Vaccination in Bombay 1889-1901 - 1889-1901
Year: 1889
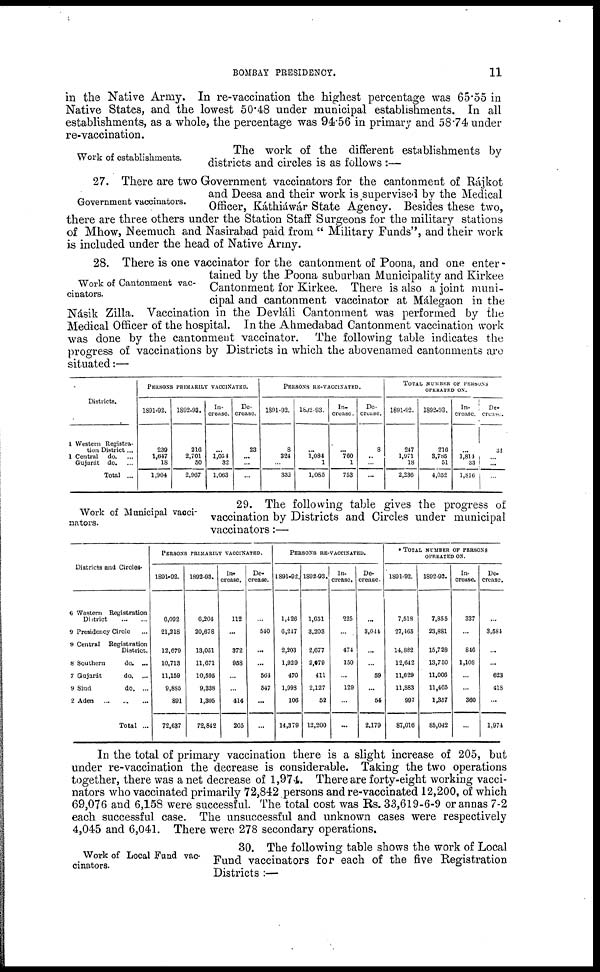
BOMBAY PRESIDENCY.
11
in the Native Army. In re-vaccination the highest percentage was 65.55 in
Native States, and the lowest 50.48 under municipal establishments. In all
establishments, as a whole, the percentage was 94.56 in primary and 58.74 under
re-vaccination.
Work of establishments.
The work of the different establishments by
districts and circles is as follows :—
Government vaccinators.
27. There are two Government vaccinators for the cantonment of Ráikot
and Deesa and their work is supervised by the Medical
Officer, Káthiáwár State Agency. Besides these two,
there are three others under the Station Staff Surgeons for the military stations
of Mhow, Neemuch and Nasirabad paid from " Military Funds", and their work
is included under the head of Native Army.
Work of Cantonment vac-
cinators.
28. There is one vaccinator for the cantonment of Poona, and one enter -
tained by the Poona suburban Municipality and Kirkee
Cantonment for Kirkee. There is also a joint muni-
cipal and cantonment vaccinator at Málegaon in the
Násik Zilla. Vaccination in the Devláli Cantonment was performed by the
Medical Officer of the hospital. In the Ahmedabad Cantonment vaccination work
was done by the cantonment vaccinator. The following table indicates the
progress of vaccinations by Districts in which the abovenamed cantonments are
situated:—
Districts.
1 Western Registra-
tion District ...
1 Central
do. ...
Gujarát
do. ...
Total ...
PERSONS PRIMARILY VACCINATED.
1891-92.
239
1,647
18
1,904
1892-93.
216
2,701
50
2,967
In-
crease.
...
1,054
32
1,063
De-
crease.
23
...
...
...
PERSONS RE-VACCINATED.
1891-92.
8
324
...
332
1892-93.
...
1,084
1
1,085
In¬
crease.
...
760
1
753
De-
crease.
8
..
...
...
TOTAL NUMBER OF PERSONS
OPERATED ON.
1891-92.
247
1,971
18
2,236
1892-93.
216
3,785
51
4,052
In-
crease.
...
1,814
33
1,816
De¬
crease.
31
... ...
...
Work of Municipal vacci-
nators.
29. The following table gives the progress of
vaccination by Districts and Circles under municipal
vaccinators :—
Districts and Circles.
6 Western Registration
District
... ...
9 Presidency Circle ...
9 Central
Registration
District.
8 Southern
do. ...
7 Gujarát
do.
...
9 Sind
do. ...
2 Aden
... ... ...
Total ...
PERSON'S PRIMARILY VACCINATED.
1891-92.
6,092
21,218
12,679
10,713
11,159
9,885
891
72,637
1892-93.
6,204
20,678
13,051
11,671
10,595
9,338
1,305
72,842
In-
crease.
112
...
372
958
...
...
414
205
De-
crease.
...
540
...
...
564
547
...
...
PERSONS RE-VACCINATED.
1891-92.
1,426
6,247
2,203
1,929
470
1,998
106
14,379
1892-93.
1,651
3,203
2,677
2,079
411
2,127
52
12,200
In¬
crease.
225
...
474
150
...
129
...
...
De-
crease.
...
3,044
...
...
59
...
54
2,179
* TOTAL NUMBER OF PERSONS
OPERATED ON.
1891-92.
7,518
27,465
14,882
12,642
11,629
11,883
997
87,016
1892-93.
7,855
23,881
15,728
13,750
11,006
11,465
1,357
85,042
In-
crease.
337
...
846
1,108
...
...
360
...
De-
crease.
...
3,584
...
...
623
418
...
1,974
In the total of primary vaccination there is a slight increase of 205, but
under re-vaccination the decrease is considerable. Taking the two operations
together, there was a net decrease of 1,974. There are forty-eight working vacci¬
nators who vaccinated primarily 72,842 persons and re-vaccinated 12,200, of which
69,076 and 6,158 were successful. The total cost was Rs. 33,619-6-9 or annas 7-2
each successful case. The unsuccessful and unknown cases were respectively
4,045 and 6,041. There were 278 secondary operations.
Work of Local Fund vac-
cinators.
30. The following table shows the work of Local
Fund vaccinators for each of the five Registration
Districts :—